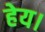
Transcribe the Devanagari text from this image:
हेय।